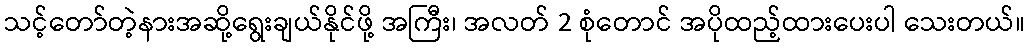
သင့်တော်တဲ့နားအဆို့ရွေးချယ်နိုင်ဖို့ အကြီး၊ အလတ် 2 စုံတောင် အပိုထည့်ထားပေးပါ သေးတယ်။